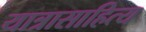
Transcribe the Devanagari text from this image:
यात्रासाहित्य